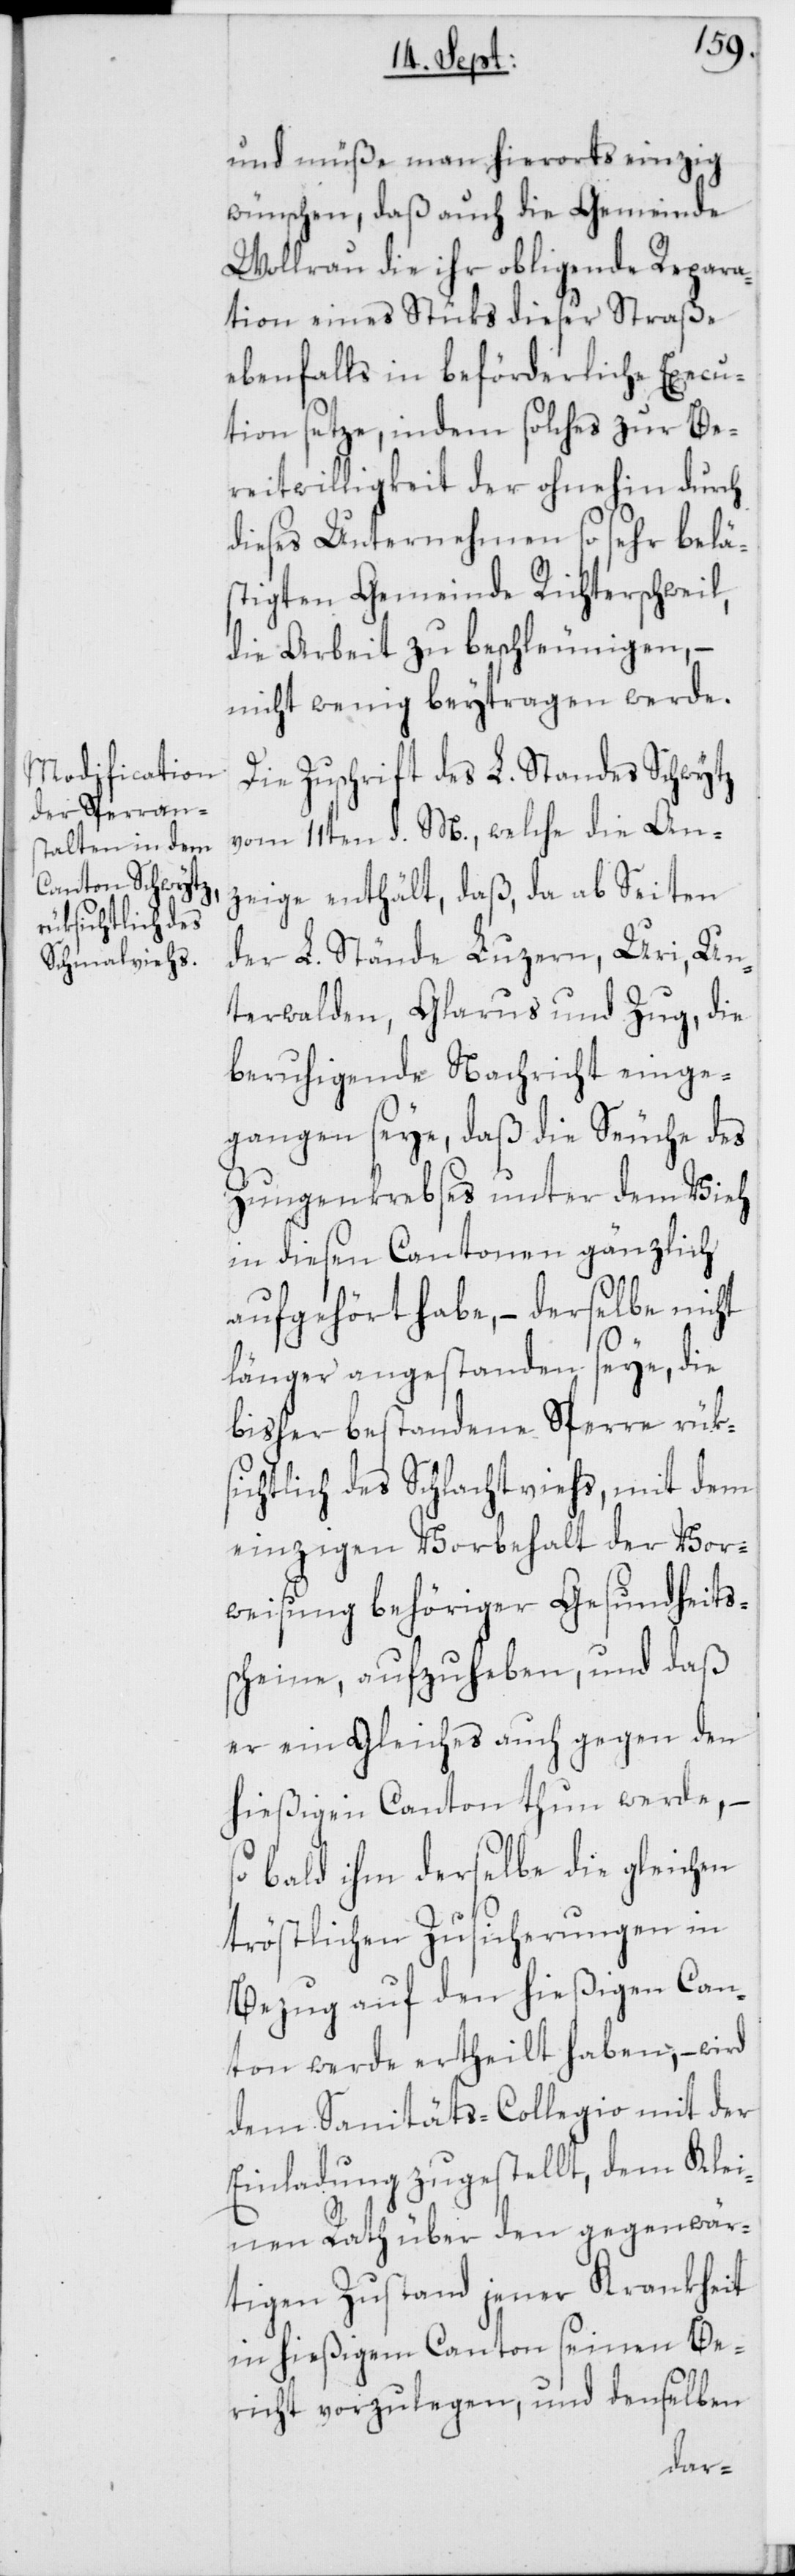
und müße man hierorts einzig
wünschen, daß auch die Gemeinde
Wollrau die ihr obligende Repara¬
tion eines Stüks dieser Straße
ebenfalls in beförderliche Execu¬
tion setze, indem solches zur Be¬
reitwilligkeit der ohnehin durch
dieses Unternehmen so sehr belä¬
stigten Gemeinde Richterschweil,
die Arbeit zu beschleunigen, –
nicht wenig beytragen werde.
Die Zuschrift des L. Standes Schwytz
vom 11ten d. M., welche die An¬
zeige enthält, daß, da ab Seiten
der L. Stände Luzern, Uri, Un¬
terwalden, Glarus und Zug, die
beruhigende Nachricht einge¬
gangen seye, daß die Seuche des
Zungenkrebses unter dem Vieh
in diesen Cantonen gänzlich
aufgehört habe, – derselbe nicht
länger angestanden seye, die
bisher bestandene Sperre rüks¬
ichtlich des Schlachtviehs, mit dem
einzigen Vorbehalt der Vor¬
weisung behöriger Gesundheits¬
scheine, aufzuheben, und daß
er ein Gleiches auch gegen den
hießigen Canton thun werde, –
so bald ihm derselbe die gleichen
tröstlichen Zusicherungen in
Bezug auf den hießigen Can¬
ton werde ertheilt haben, – wird
dem Sanitäts-Collegio mit der
Einladung zugestellt, dem Klei¬
nen Rath über den gegenwär¬
tigen Zustand jener Krankheit
in hießigem Canton seinen Be¬
richt vorzulegen, und denselben